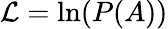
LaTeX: \mathcal{L}=\ln(P(A))